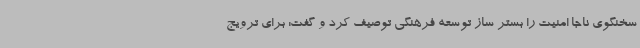
سخنگوی ناجا امنیت را بستر ساز توسعه فرهنگی توصیف کرد و گفت: برای ترویج